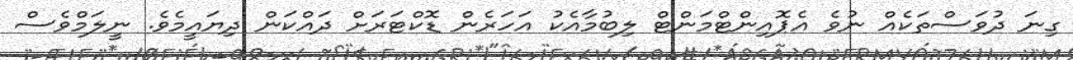
ގިނަ ދުވަސްތަކެއް ނުވެ އެޕޮއިންޓްމަންޓް ލިބުމާއެކު އަހަރެން ޑޮކްޓަރަށް ދައްކަން ދިޔައީމެވެ. ނީލަމްވެސް